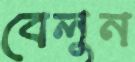
বেলুন